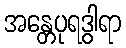
အန္တေပုရဒွါရာ